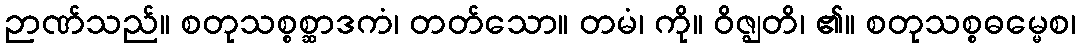
ဉာဏ်သည်။ စတုသစ္စစ္ဆာဒကံ၊ တတ်သော။ တမံ၊ ကို။ ဝိဇ္ဈတိ၊ ၏။ စတုသစ္စဓမ္မေစ၊